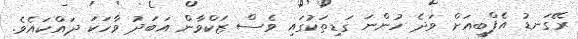
ރޭގަނޑު އެފްބީއަށް ވަދެ ހުންނަ ގަޑިތަކުގައި ވެސް ޒަކްވާން އަބަދު ވާހަކަ ދައްކައެވެ.